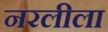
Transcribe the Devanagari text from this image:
नरलीला